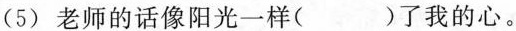
(5) 老师的话像阳光一样( )了我的心。